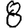
Digit: 8